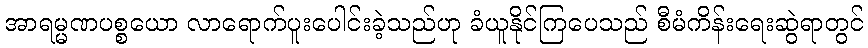
အာရမ္မဏပစ္စယော လာရောက်ပူးပေါင်းခဲ့သည်ဟု ခံယူနိုင်ကြပေသည် စီမံကိန်းရေးဆွဲရာတွင်